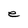
Character: e